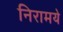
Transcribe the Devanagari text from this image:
निरामये